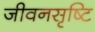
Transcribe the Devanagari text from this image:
जीवनसृष्टि